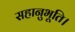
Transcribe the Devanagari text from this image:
सहानुभूति।